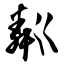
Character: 粼